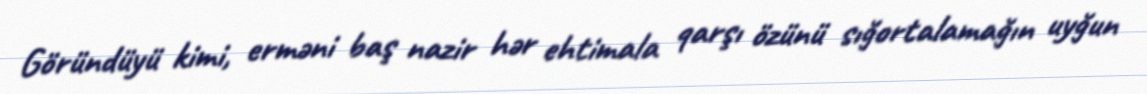
Göründüyü kimi, erməni baş nazir hər ehtimala qarşı özünü sığortalamağın uyğun